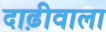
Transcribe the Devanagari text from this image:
दाढ़ीवाला